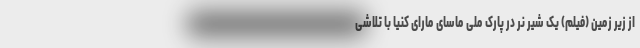
از زیر زمین (فیلم) یک شیر نر در پارک ملی ماسای مارای کنیا با تلاشی